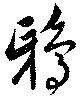
鴉